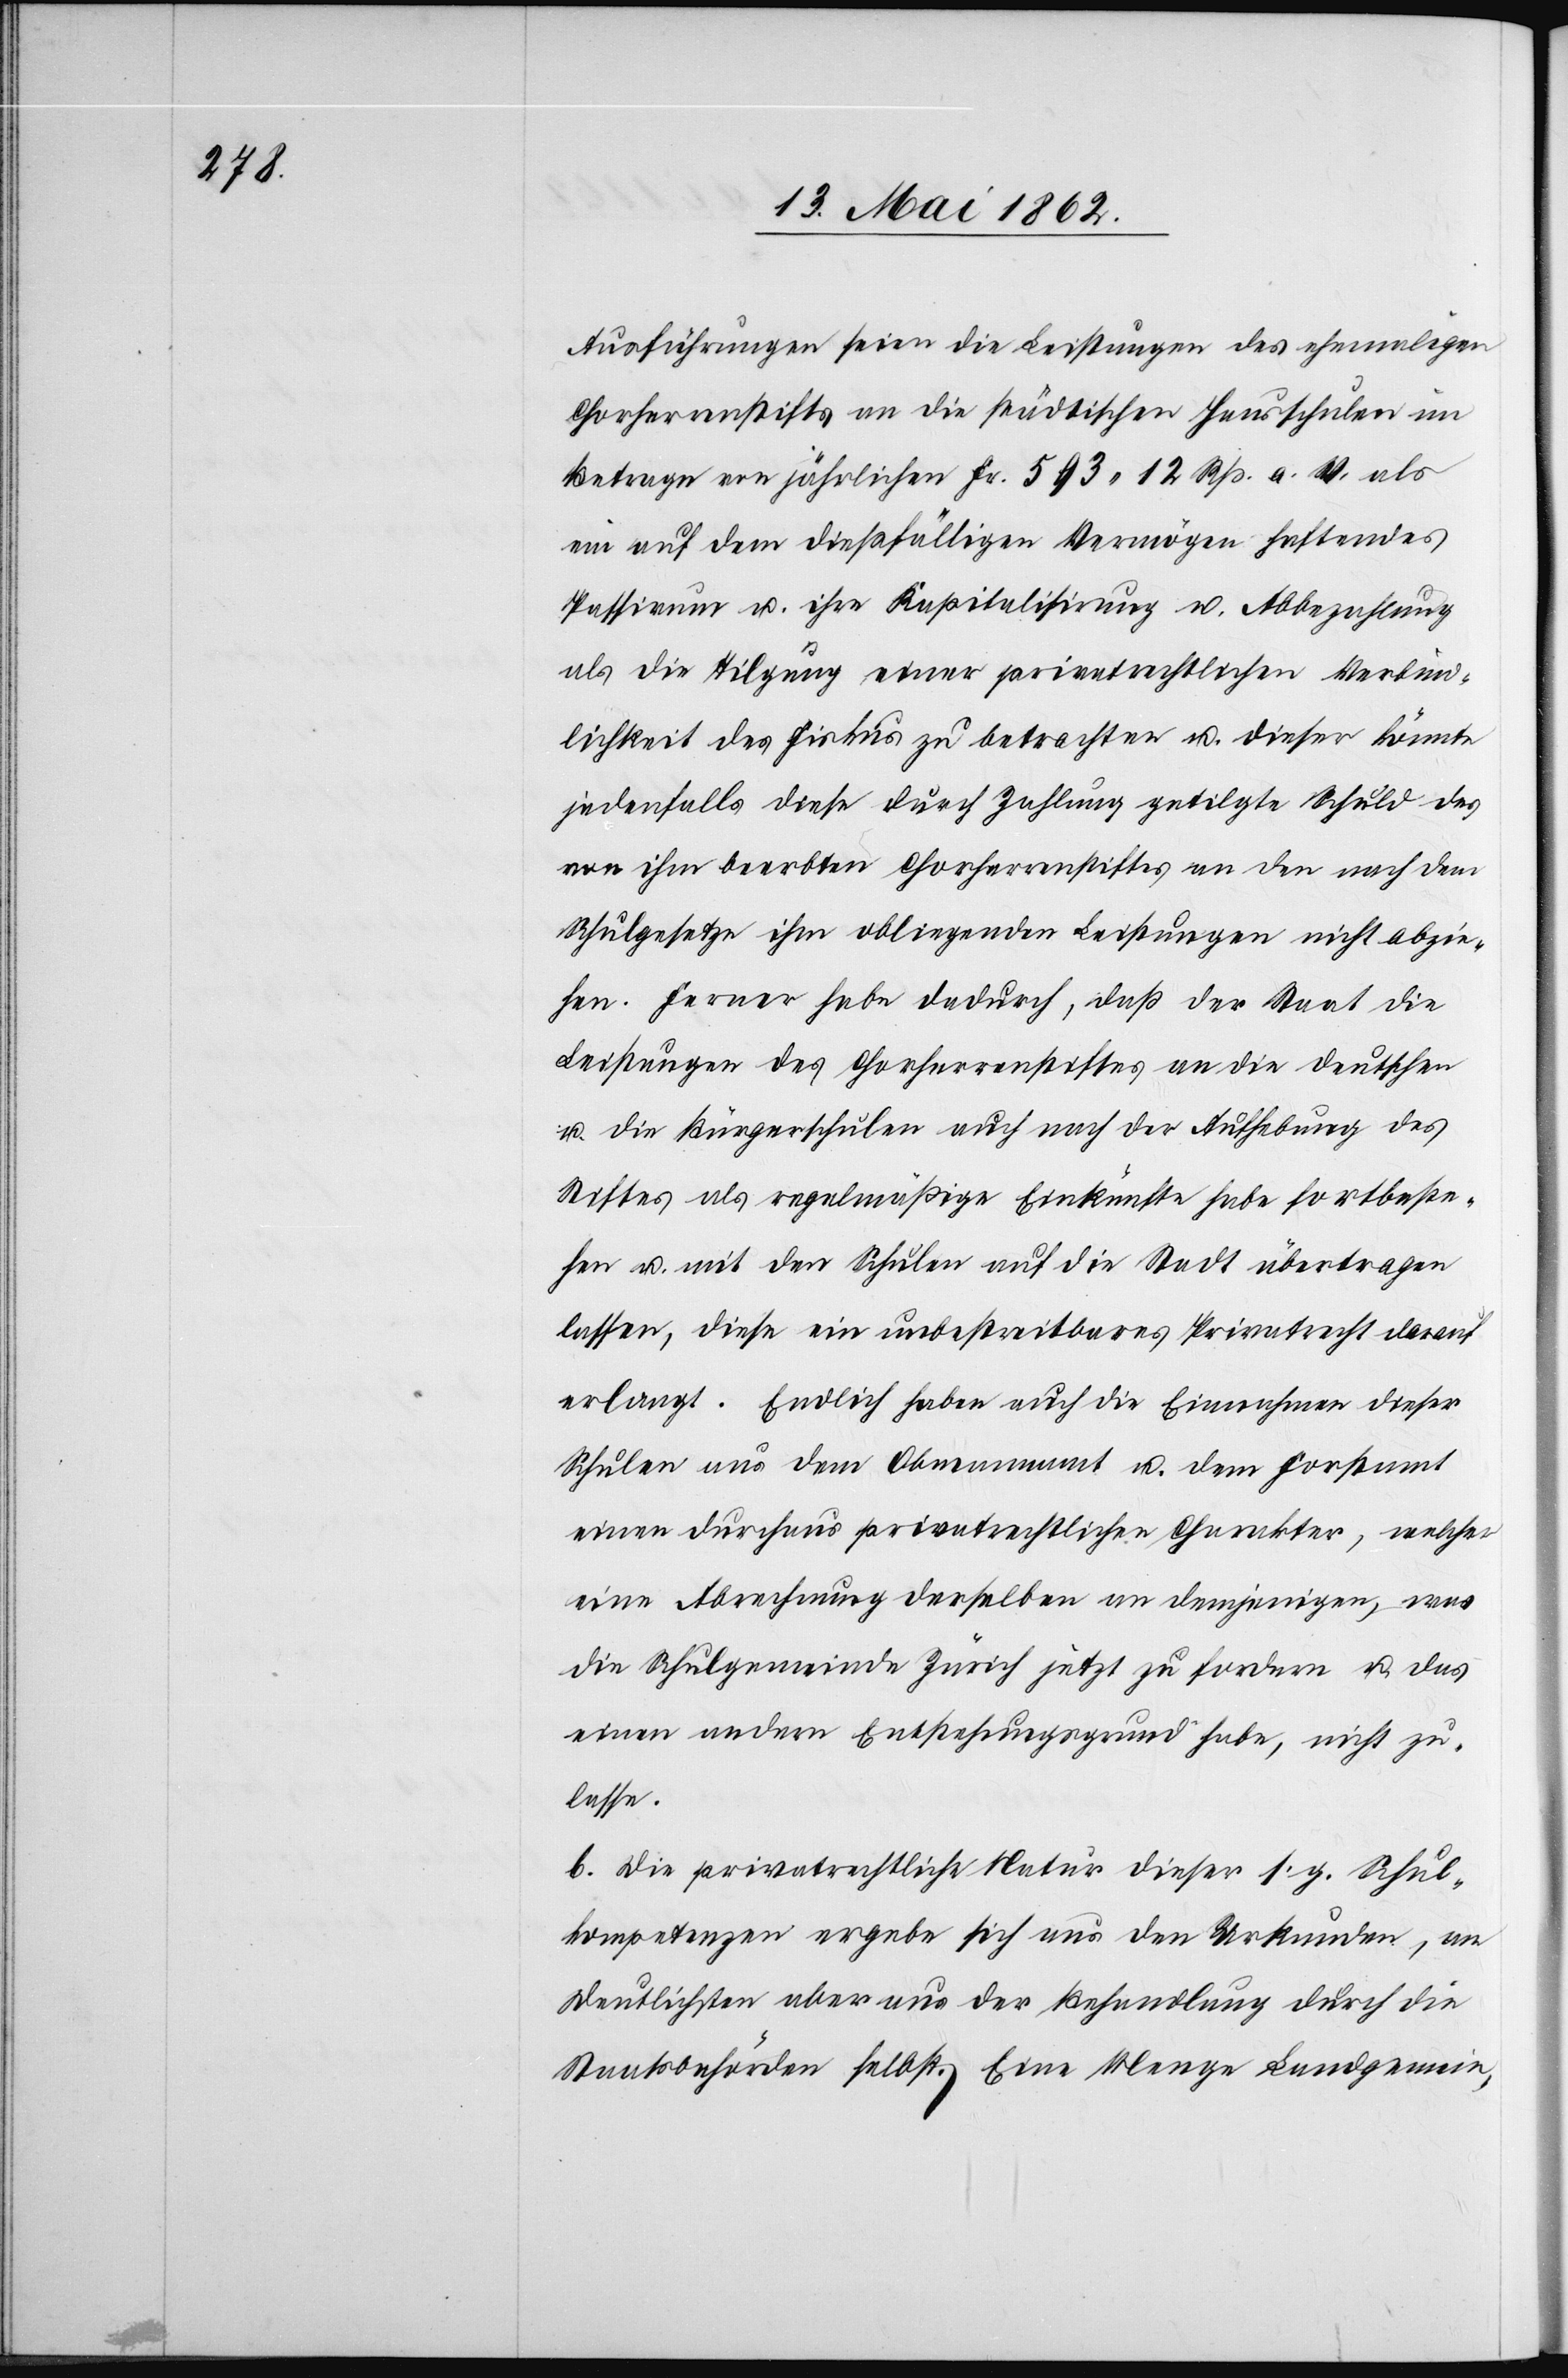
Ausführungen seien die Leistungen des ehemaligen
Chorherrenstiftes an die städtischen Hausschulen im
Betrage von jährlichen Fr. 593 12 Rp. a. w. als
ein auf dem dießfälligen Vermögen haftendes
Passivum u. ihre Kapitalisirung u. Abbezahlung
als die Tilgung einer privatrechtlichen Verbind¬
lichkeit des Fiskus zu betrachten u. dieser könnte
jedenfalls diese durch Zahlung getilgte Schuld des
von ihm beerbten Chorherrenstiftes an den nach dem
Schulgesetze ihm obliegenden Leistungen nicht abzie¬
hen. Ferner habe dadurch, daß der Staat die
Leistungen des Chorherrenstiftes an die deutschen
u. die Bürgerschulen auch nach der Aufhebung des
Stiftes als regelmäßige Einkünfte habe fortbeste¬
hen u. mit den Schulen auf die Stadt übertragen
lassen, diese ein unbestreitbares Privatrecht darauf
erlangt. Endlich haben auch die Einnahmen dieser
Schulen aus dem Obmannamt u. dem Forstamt
einen durchaus privatrechtlichen Charakter, welcher
eine Abrechnung derselben an demjenigen, was
die Schulgemeinde Zürich jetzt zu fordern u. das
einen andern Entbehrungsgrund habe, nicht zu¬
lasse.
b. Die privatrechtliche Natur dieser s. g. Schul¬
kompetenzen ergebe sich aus den Urkunden an
deutlichsten aber aus der Behandlung durch die
Staatsbehörden selbst. Eine Menge Landgemein-